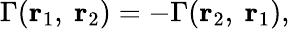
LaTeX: \Gamma({\mathbf r}_{1},~{\mathbf r}_{2})=-\Gamma({\mathbf r}_{2},~{\mathbf r}_{1}),